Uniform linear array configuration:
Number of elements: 16
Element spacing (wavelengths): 0.75
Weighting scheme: binomial
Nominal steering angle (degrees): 45
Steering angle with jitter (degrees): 44.798
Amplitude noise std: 0.05
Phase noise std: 0.05

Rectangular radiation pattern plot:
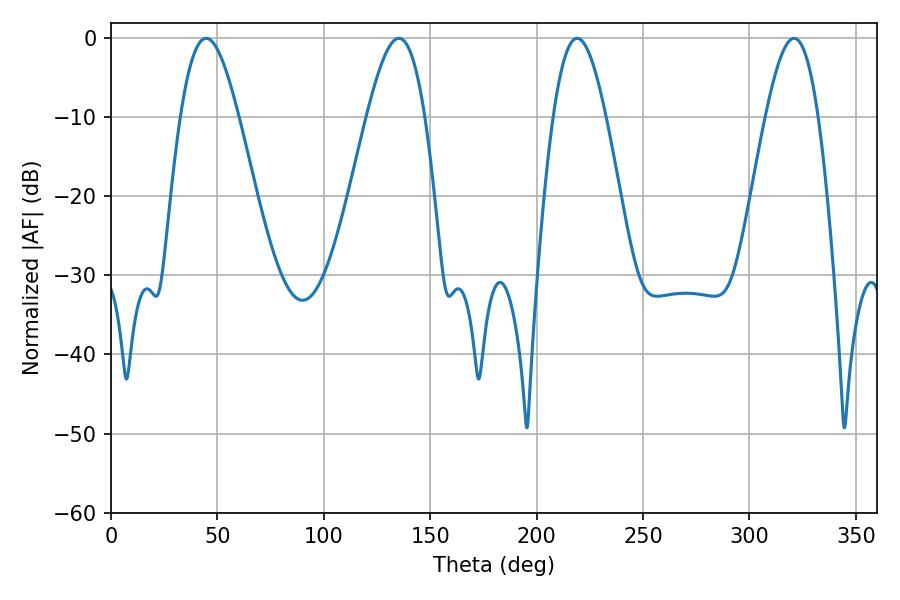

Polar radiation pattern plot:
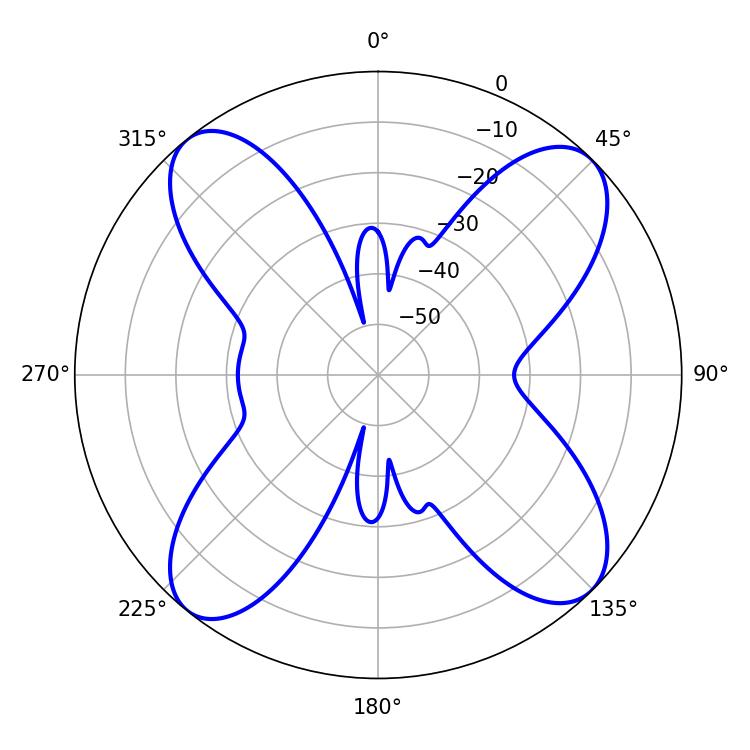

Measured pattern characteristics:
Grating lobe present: TRUE
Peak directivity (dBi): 14.22
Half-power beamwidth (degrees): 13.32
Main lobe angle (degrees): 219.06